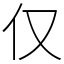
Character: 仅